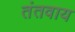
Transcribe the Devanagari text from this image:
तंतवाय